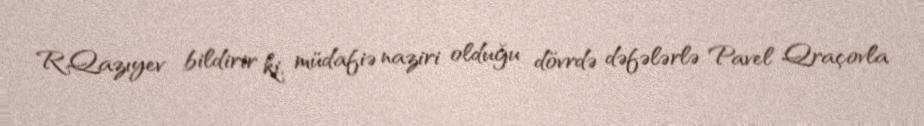
R.Qazıyev bildirir ki, müdafiə naziri olduğu dövrdə dəfələrlə Pavel Qraçovla